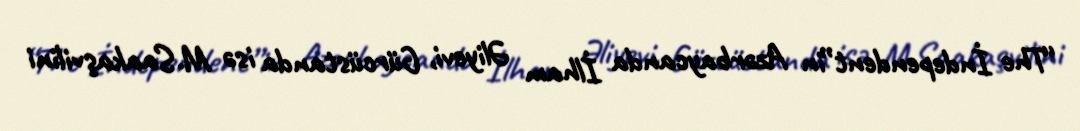
“The İndependent”in Azərbaycanda İlham Əliyevi, Gürcüstanda isə M.Saakaşvilini